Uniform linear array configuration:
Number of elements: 8
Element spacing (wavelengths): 0.75
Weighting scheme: hann
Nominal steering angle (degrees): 45
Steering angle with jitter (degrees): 46.686
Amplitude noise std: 0.05
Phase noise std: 0.05

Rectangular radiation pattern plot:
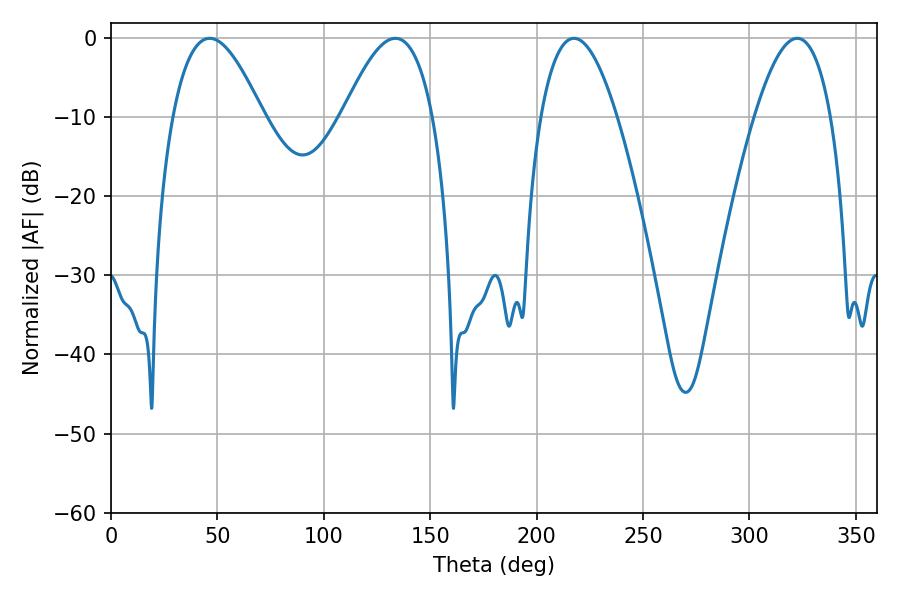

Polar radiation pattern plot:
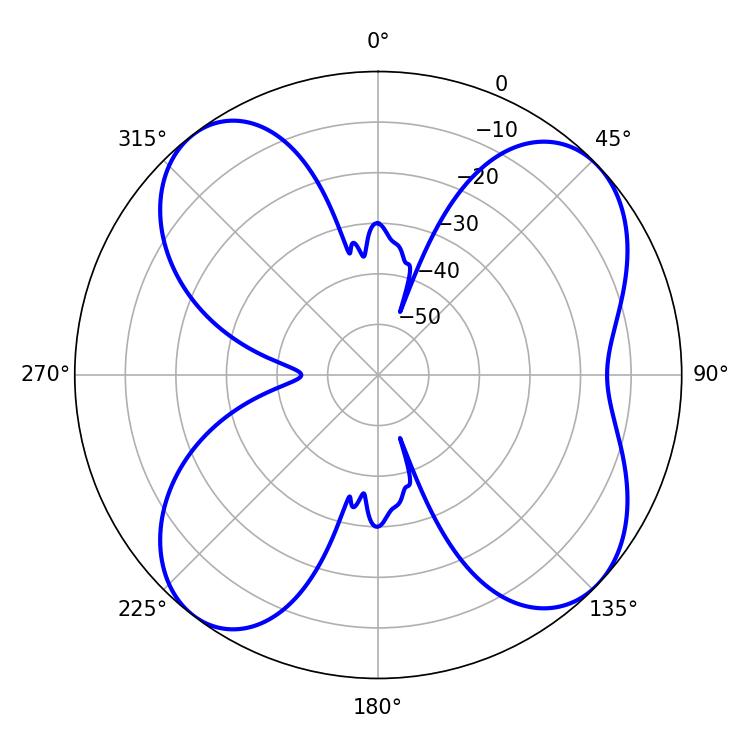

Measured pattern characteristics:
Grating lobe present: TRUE
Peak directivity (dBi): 9.903
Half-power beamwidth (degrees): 23.22
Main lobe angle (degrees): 46.44